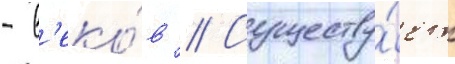
- в'еко́в // Существу́ет